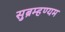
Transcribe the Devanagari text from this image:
सुब्रम्हण्यम